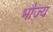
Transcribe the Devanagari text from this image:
भौज्य